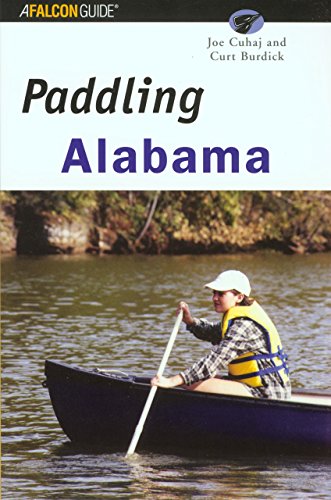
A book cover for Paddling Alabama (Regional Paddling Series); Joe Cuhaj; Travel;